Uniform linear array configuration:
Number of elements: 24
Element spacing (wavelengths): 0.75
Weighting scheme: binomial
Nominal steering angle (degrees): -60
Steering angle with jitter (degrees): -61.354
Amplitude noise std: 0.05
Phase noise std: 0.05

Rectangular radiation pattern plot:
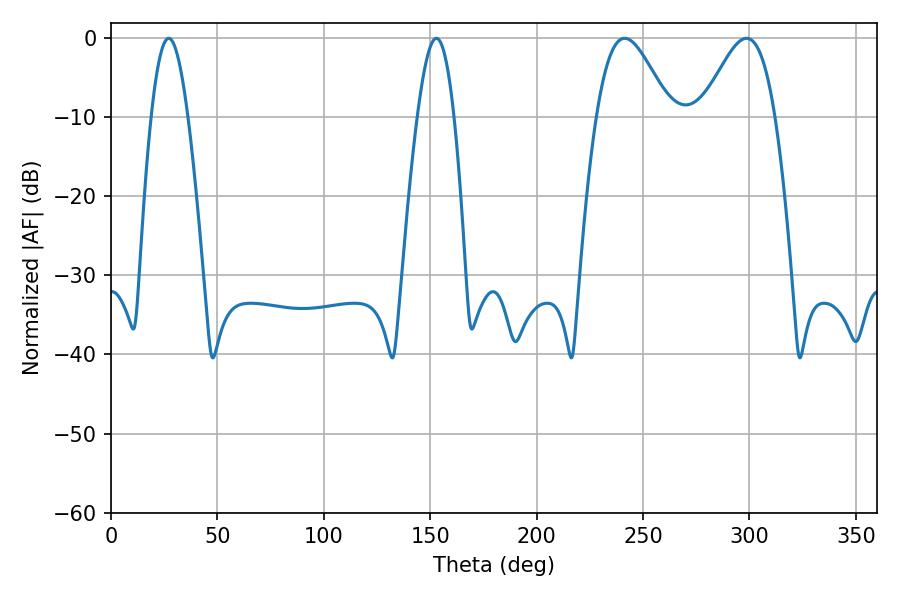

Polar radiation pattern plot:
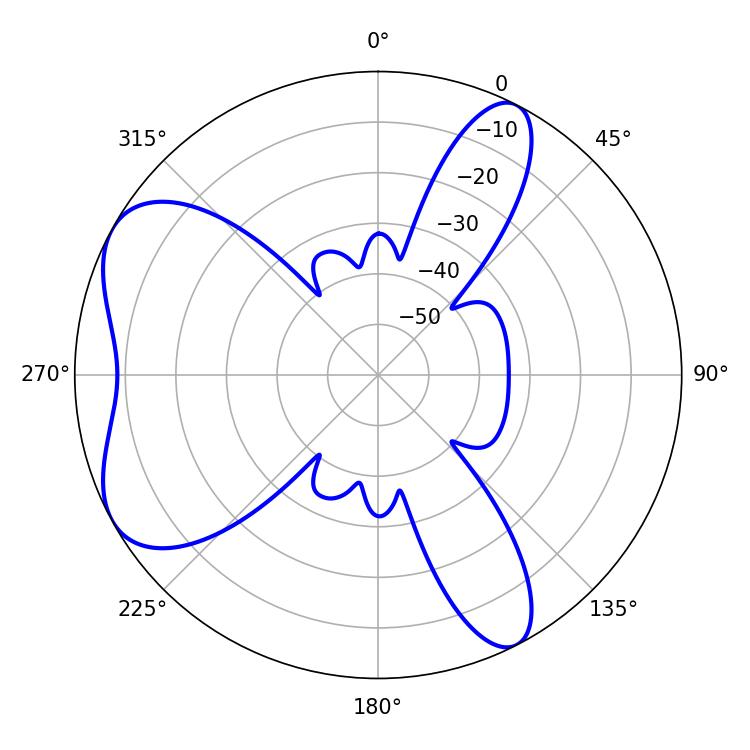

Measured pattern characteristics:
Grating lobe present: TRUE
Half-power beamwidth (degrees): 18.36
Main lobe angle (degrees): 241.38